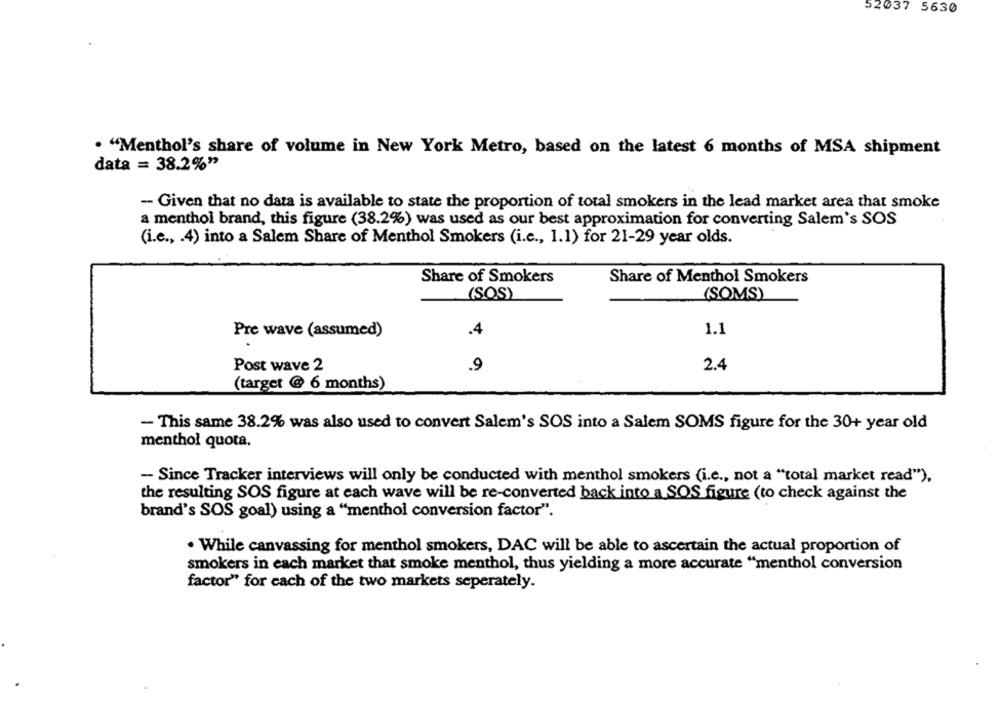
52037 5630
. "Menthol's share of volume in New York Metro, based on the latest 6 months of MSA shipment
data = 38.2%"
- Given that no data is available to state the proportion of total smokers in the lead market area that smoke
a menthol brand, this figure (38.2%) was used as our best approximation for converting Salem's SOS
(i.e ., . 4) into a Salem Share of Menthol Smokers (i.c ., 1.1) for 21-29 year olds.
Share of Smokers
Share of Menthol Smokers
(SOS)
(SOMS)
1.1
Pre wave (assumed)
.4
Post wave 2
.9
2.4
(target @ 6 months)
- This same 38.2% was also used to convert Salem's SOS into a Salem SOMS figure for the 30+ year old
menthol quota.
- Since Tracker interviews will only be conducted with menthol smokers (i.e ., not a "total market read"),
the resulting SOS figure at each wave will be re-converted back into a SOS figure (to check against the
brand's SOS goal) using a "menthol conversion factor".
. While canvassing for menthol smokers, DAC will be able to ascertain the actual proportion of
smokers in each market that smoke menthol, thus yielding a more accurate "menthol conversion
factor" for each of the two markets seperately.